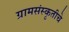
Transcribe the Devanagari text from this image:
ग्रामसंस्कृतीचे